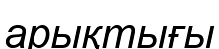
арықтығы